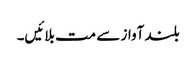
بلند آواز سے مت بلائیں۔